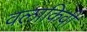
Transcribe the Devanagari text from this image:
वलाकिवी